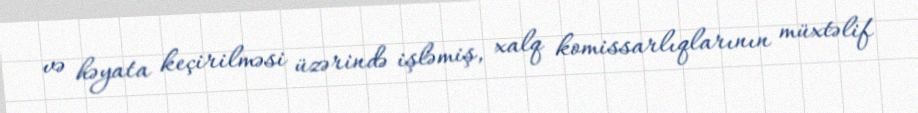
və həyata keçirilməsi üzərində işləmiş, xalq komissarlıqlarının müxtəlif